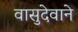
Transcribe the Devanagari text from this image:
वासुदेवाने